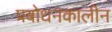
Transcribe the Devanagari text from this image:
प्रबोधनकालीन